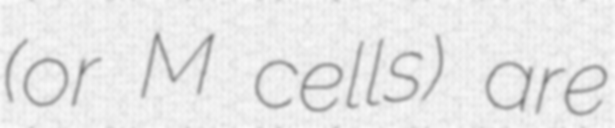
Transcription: (or M cells) are